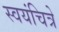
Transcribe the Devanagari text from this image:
स्वयंचित्रे